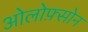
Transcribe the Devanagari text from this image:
ओलोफ़्सोन